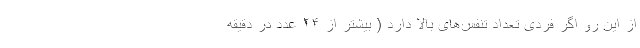
از این رو اگر فردی تعداد تنفس‌های بالا دارد ( بیشتر از ۲۴ عدد در دقیقه